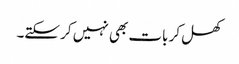
کھل کر بات بھی نہیں کر سکتے۔